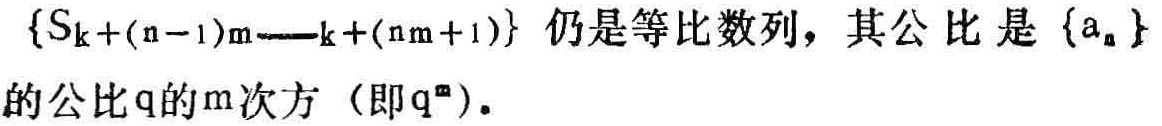
\(\{S_{k + (n - 1)m} - S_{k + (nm + 1)}\}\) 仍是等比数列，其公 比 是 \(\{a_{n}\}\) 的公比\(q\)的\(m\)次方 （即\(q^{m}\)）.